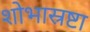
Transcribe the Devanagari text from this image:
शोभास्रष्टा